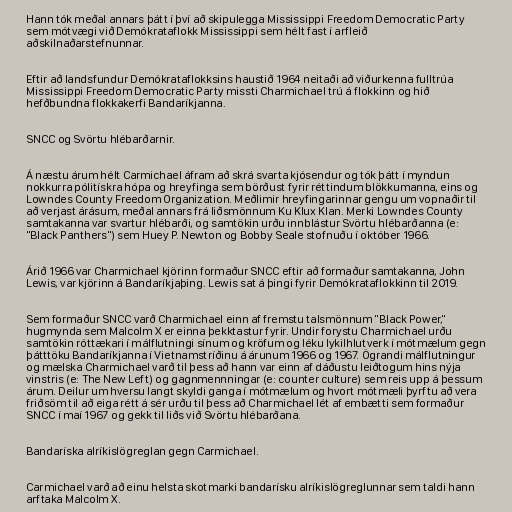
Hann tók meðal annars þátt í því að skipulegga Mississippi Freedom Democratic Party
sem mótvægi við Demókrataflokk Mississippi sem hélt fast í arfleið
aðskilnaðarstefnunnar.

Eftir að landsfundur Demókrataflokksins haustið 1964 neitaði að viðurkenna fulltrúa
Mississippi Freedom Democratic Party missti Charmichael trú á flokkinn og hið
hefðbundna flokkakerfi Bandaríkjanna.

SNCC og Svörtu hlébarðarnir.

Á næstu árum hélt Carmichael áfram að skrá svarta kjósendur og tók þátt í myndun
nokkurra pólitískra hópa og hreyfinga sem börðust fyrir réttindum blökkumanna, eins og
Lowndes County Freedom Organization. Meðlimir hreyfingarinnar gengu um vopnaðir til
að verjast árásum, meðal annars frá liðsmönnum Ku Klux Klan. Merki Lowndes County
samtakanna var svartur hlébarði, og samtökin urðu innblástur Svörtu hlébarðanna (e:
"Black Panthers") sem Huey P. Newton og Bobby Seale stofnuðu í október 1966.

Árið 1966 var Charmichael kjörinn formaður SNCC eftir að formaður samtakanna, John
Lewis, var kjörinn á Bandaríkjaþing. Lewis sat á þingi fyrir Demókrataflokkinn til 2019.

Sem formaður SNCC varð Charmichael einn af fremstu talsmönnum "Black Power,"
hugmynda sem Malcolm X er einna þekktastur fyrir. Undir forystu Charmichael urðu
samtökin róttækari í málflutningi sínum og kröfum og léku lykilhlutverk í mótmælum gegn
þátttöku Bandaríkjanna í Vietnamstríðinu á árunum 1966 og 1967. Ögrandi málflutningur
og mælska Charmichael varð til þess að hann var einn af dáðustu leiðtogum hins nýja
vinstris (e: The New Left) og gagnmennningar (e: counter culture) sem reis upp á þessum
árum. Deilur um hversu langt skyldi ganga í mótmælum og hvort mótmæli þyrftu að vera
friðsöm til að eiga rétt á sér urðu til þess að Charmichael lét af embætti sem formaður
SNCC í maí 1967 og gekk til liðs við Svörtu hlébarðana.

Bandaríska alríkislögreglan gegn Carmichael.

Carmichael varð að einu helsta skotmarki bandarísku alríkislögreglunnar sem taldi hann
arftaka Malcolm X.